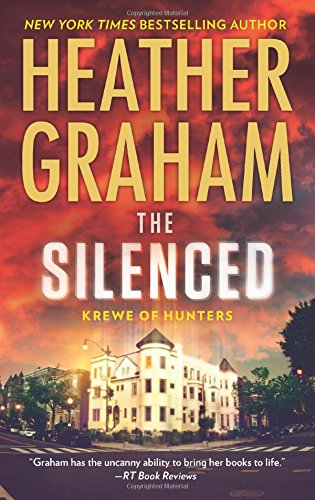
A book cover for The Silenced (Krewe of Hunters); Heather Graham; Romance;